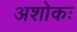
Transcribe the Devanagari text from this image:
अशोकः